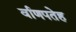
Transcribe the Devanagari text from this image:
र्वाणपतेह